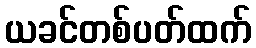
ယခင်တစ်ပတ်ထက်